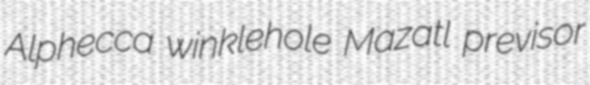
Alphecca winklehole Mazatl previsor